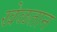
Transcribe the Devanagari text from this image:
खेळतान